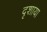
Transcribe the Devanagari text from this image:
दृशाया